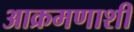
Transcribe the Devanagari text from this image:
आक्रमणाशी